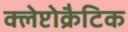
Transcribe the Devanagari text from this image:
क्लेप्टोक्रैटिक